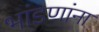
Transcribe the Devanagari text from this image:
भांडणांना